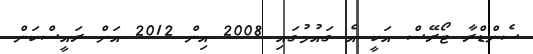
ސެންޑްރާ ޓޯރޭސް އަކީ އެ ގައުމުގައި 2008 އިން 2012 އަށް ރައީސްކަން